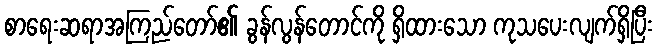
စာရေးဆရာအကြည်တော်၏ ခွန်လွန်တောင်ကို ရှိထားသော ကုသပေးလျက်ရှိပြီး